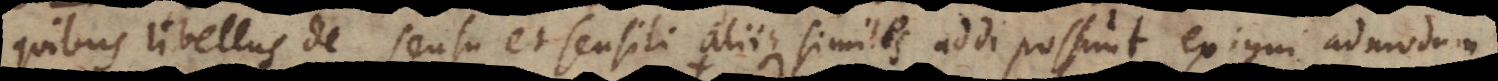
quibus libellus De sensu et sensili aliique similes addi possunt, exigui admodum